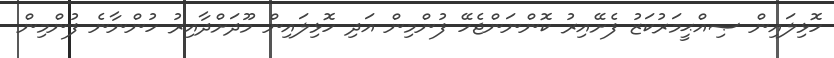
ހޮޅިލައިން ޞިއްޙީމަރުކަޒު ފެށޭއިރު ކޮންނަންޖެހޭ ފުންމިން އަދި ހޮޅިލައިން މޫދަށްދާއިރު ހުންނާނެ ފުންމިން